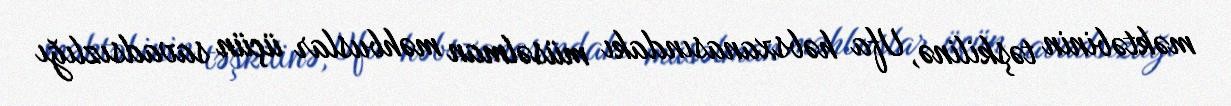
məktəbinin təşkilinə, Ufa həbsxanasındakı müsəlman məhbuslar üçün savadsızlığı